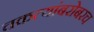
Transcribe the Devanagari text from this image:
चकत्यांबरोबरच